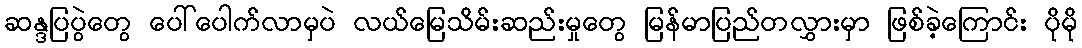
ဆန္ဒပြပွဲတွေ ပေါ်ပေါက်လာမှပဲ လယ်မြေသိမ်းဆည်းမှုတွေ မြန်မာပြည်တလွှားမှာ ဖြစ်ခဲ့ကြောင်း ပိုမို